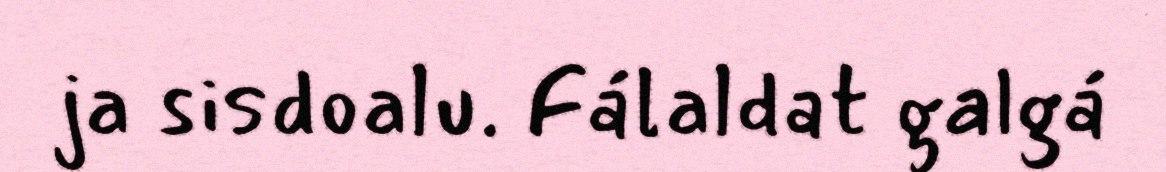
ja sisdoalu. Fálaldat galgá